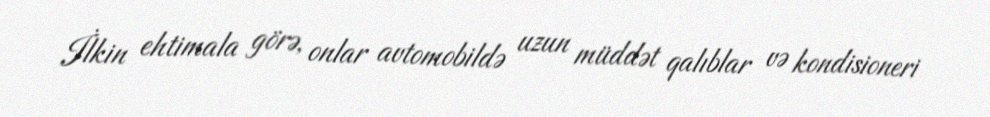
İlkin ehtimala görə, onlar avtomobildə uzun müddət qalıblar və kondisioneri